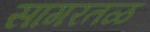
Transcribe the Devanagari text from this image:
सागरतळ